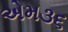
એમ૩૬